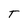
Character: T